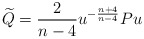
\begin{align*}\widetilde{Q}=\frac{2}{n-4}u^{-\frac{n+4}{n-4}}Pu \end{align*}